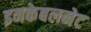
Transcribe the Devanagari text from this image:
इनकेबलनेट